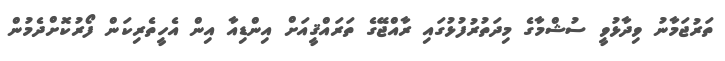
ތަރުޖަމާނު ވިދާޅުވީ ސުޝްމާގެ މިދަތުރުފުޅުގައި ރާއްޖޭގެ ތަރައްޤީއަށް އިންޑިއާ އިން އެހީތެރިކަން ފޯރުކޮށްދެމުން